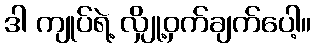
ဒါ ကျုပ်ရဲ့ လျှို့ဝှက်ချက်ပေါ့။